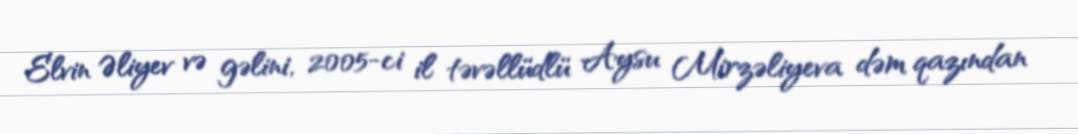
Elvin Əliyev və gəlini, 2005-ci il təvəllüdlü Aysu Mirzəliyeva dəm qazından